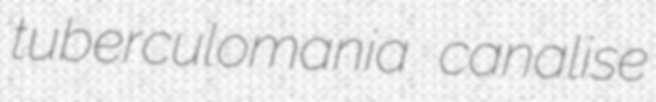
tuberculomania canalise